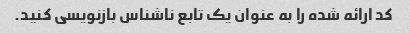
کد ارائه شده را به عنوان یک تابع ناشناس بازنویسی کنید.